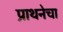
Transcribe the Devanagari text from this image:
प्राथनेचा